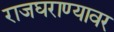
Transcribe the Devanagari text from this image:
राजघराण्यावर